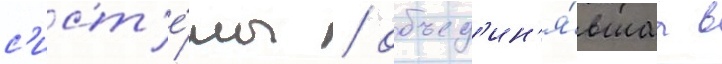
с'ист'е́мы / объед'ин'я́вшаа в